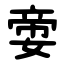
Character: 㛳